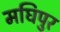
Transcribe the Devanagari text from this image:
मघिपुर